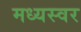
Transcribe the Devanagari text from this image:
मध्यस्वर